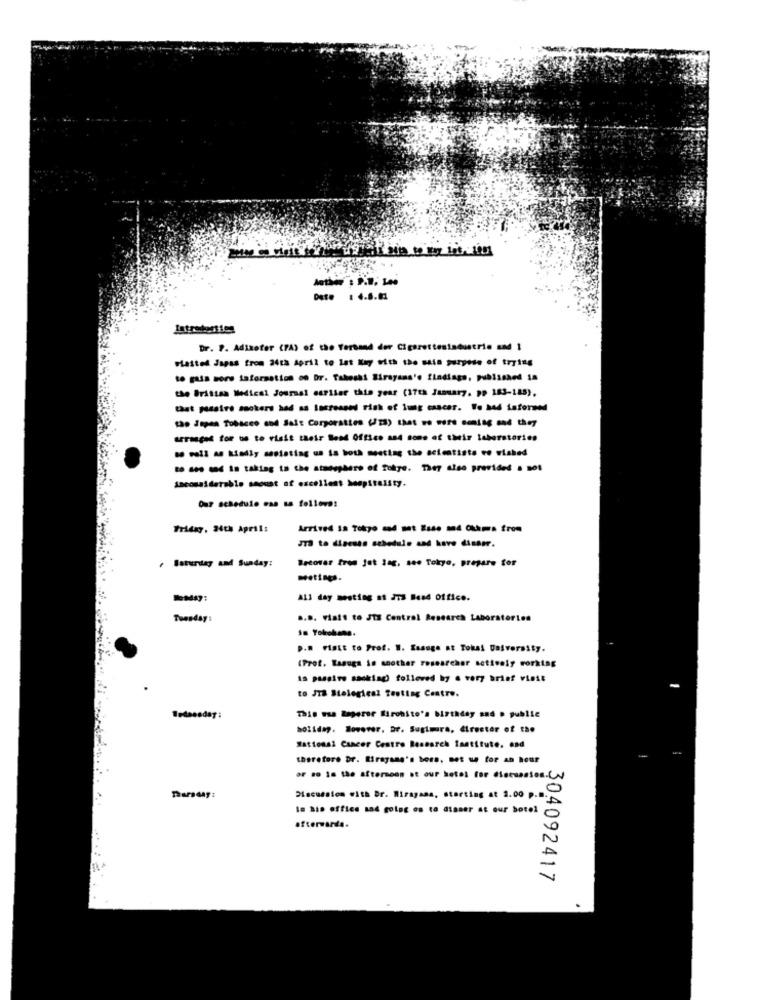
Date
Iatredertien
Dr. P. Adixofer (PA) of the Versand der Cigarettesindustrie sad 1
Pasted Jagas from 24th April to lat Ky Mith the sula purpose of trying
to gais more taformation on Dr. Takeshi Sirayans'e findings, pubissand 18
the Bristen Medical Journal earlier this year (17th January. PP 183-185).
that passive ssokers had an losresned rish of img cancer. To bad isformed
toJapan Tobacco and Salt Corporation (Usa) that we were coming and they
arranged for us to visit their Send Office a84 some of their laboratories
to see - is taking to the stonephere of Tokyo. They also provided . sol
Anconaidetablo saouat of excellent hospitality.
Our schedule ess as follows!
Friday, 24th April:
Arrived In Tokyo 834 met Zase md Chama from
313 to discuss schedule and kove dinamr.
Recover from jut ing, see Tokyo, prepare for
· Saturday and Sunday:
meting.
All day meeting st 27 8usd office.
Tuesday
a.B. Visit to JTE Central Research Laboratories
18 Yokohama.
P.D Visit to Prof. W. Ssauge at Tokal University.
(Prof. Kasuga is another researcher actively working
Is passive sacking tolloved by . very brief visit
to JT Stolegieni Testing Centre.
This was lagerer Mirohito's birthday and . public
holiday. However. Dr. Sugimara, director of the
National Cancer Centro Research Institute. and
therefore Dr. Mirayane's bons, met un for an hour
or so in the afternoon st our hotel for discussion.(
Discussion with Dr. Mirayans, starting at 2.00 p.
In his office and going on to dinner at our botol
304092417